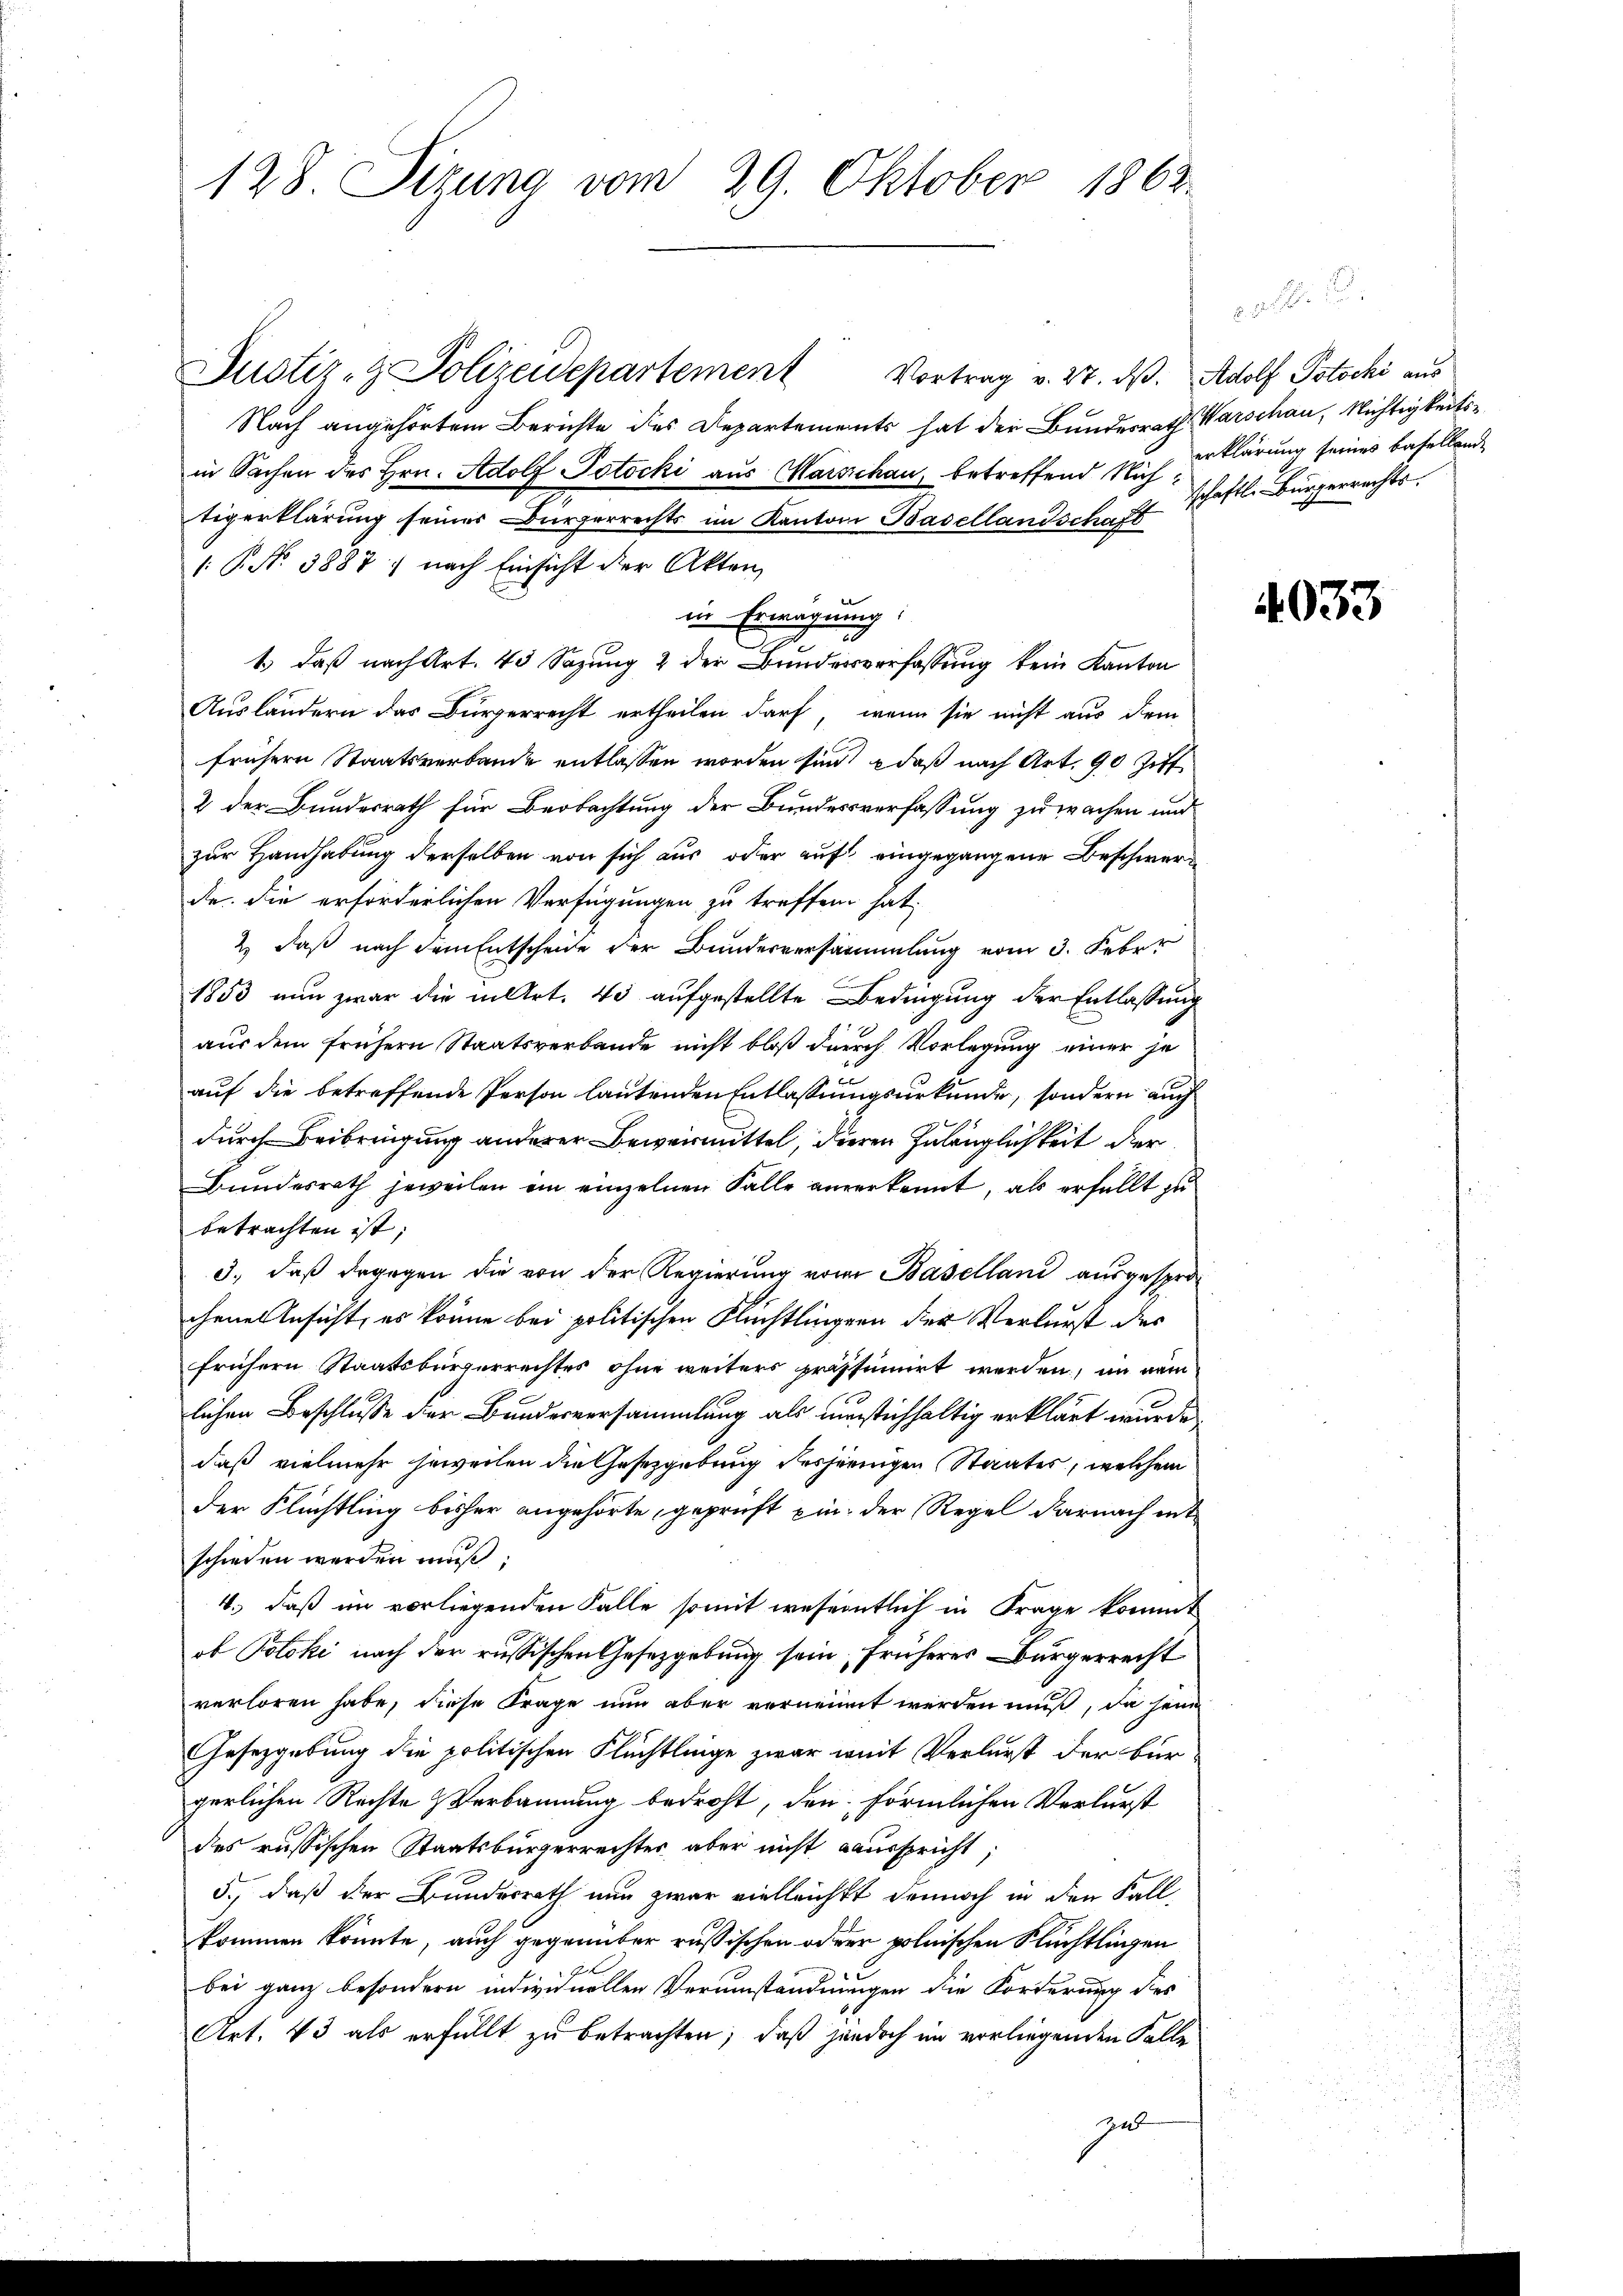
128. Sizung vom 29. Oktober 1862.

Justiz- & Polizeidepartement
Nach angehörtem Berichte des Departements hat der Bundesrath Warschau, Nichtigkeitsin Sachen des Hrn. Adolf Jotocki aus Marschau, betreffend Nichtigerklärung seines Bürgerrechts im Kanton Basellandschaft
( P. Nr. 3887) nach Einsicht der Akten
in Erwägung:
0
2
1) daß nach Art. 43 Sazung 2 der Bunderverfassung kein Kanton
Ausländern das Bürgerrecht ertheilen darf, wenn sie nicht aus dem
frühern Staatsverbande entlassen worden sind, daß nach Art. 90 Ziff
2 der Bundesrath für Beobachtung der Bundesverfassung zu wachen und
zur Handhabung derselben von sich aus oder auf eingegangene Beschwerde. die erforderlichen Verfügungen zu treffen hat,
2) daß nach dem Entscheide der Bunderversammlung vom 3. Febr.
1853 nun zwar die in Art. 43 aufgestellte Bedingung der Entlassung
aus dem frühern Staatsverbande nicht bloß durch Vorlegung einer je
auf die betreffende Person lautenden Entlassungsurkunde, sondern auch
durch Beibringung anderer Beweismittel, dieren Zulänglichkeit der
Bundesrath jeweilen in einzelnen Falle anerkennt, als erfüllt zu
betrachten ist;
3., daß dagegen die von der Regierung vom Baselland ausgesprochenes Ansicht, es könne bei politischen Flüchtlingern der Verlurst der
frühern Staatsbürgerrechtes ohne weiters pressinirt werden, im nam
lichen Beschlusse der Bundesversammlung als umstichhaltig erklärt wurde.
daß vielmehr jeweilen die Gesetzgebung desjeningen Staates, welchem
der Flüchtling bisher angehörte, geprüft ein der Regel darnach ent
schieden werden muß;
4.) daß im vorliegenden Falle somit wesentlich in Frage kommt
ob Poloki nach der russischen Gesetzgebung sein, früheres Bürgerrecht
verloren habe, diese Frage nun aber vernennt werden muß, da jene
Gesetzgebung die politischen Flüchtlinge zwar weit Verlurst der bür-
gerlichen Rechte & Verbannung bedroht, den förmlichen Verlurst
des russischen Staatsbürgerrechter aber nicht ausspricht;
5., daß der Bundesrath nun zwar vielleicht dennoch in den Fall
kommen könnte, auch gegenüber russischen oder polnischen Flüchtlingen
bei ganz besondern individuellen Verumständnungen die Forderung dies
Art. 43 als erfüllt zu betrachten; daß jedoch im vorliegenden Falle
zu

Vortrag v. 27. ds. Adolf Potocki aus

erklärung seines Basellande
schaftl. Bürgerrechts.

4033